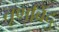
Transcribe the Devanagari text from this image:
तृणबिंदु